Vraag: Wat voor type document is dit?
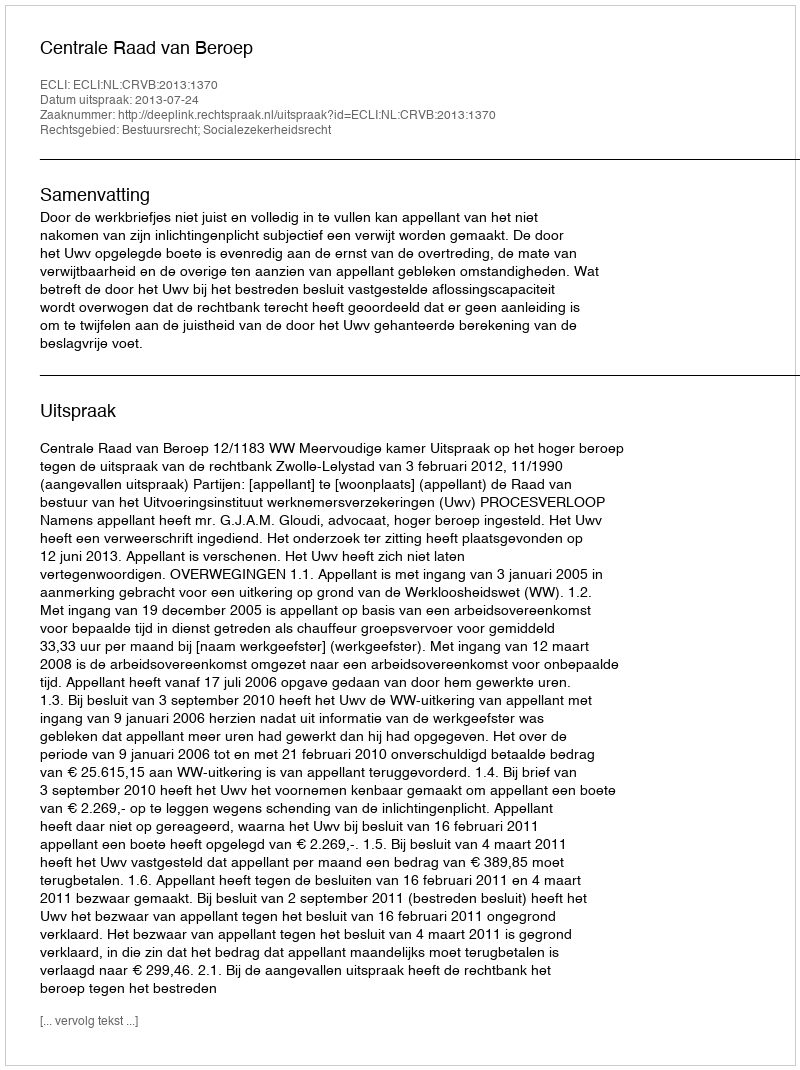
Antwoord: Uitspraak